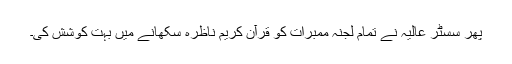
پھر سسٹر عالیہ نے تمام لجنہ ممبرات کو قرآن کریم ناظرہ سکھانے میں بہت کوشش کی۔